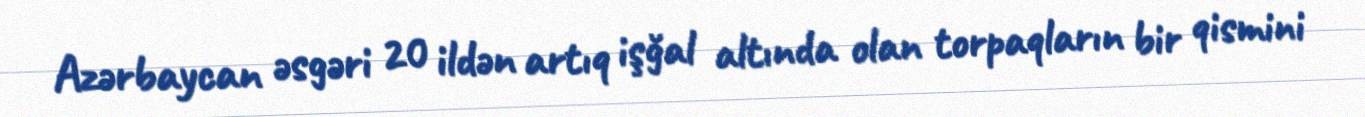
Azərbaycan əsgəri 20 ildən artıq işğal altında olan torpaqların bir qismini